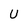
Character: U